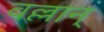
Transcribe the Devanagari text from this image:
वल्लान्